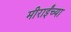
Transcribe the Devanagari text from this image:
मीराईंच्या